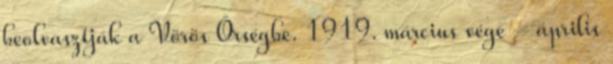
beolvasztják a Vörös Őrségbe. 1919. március vége – április